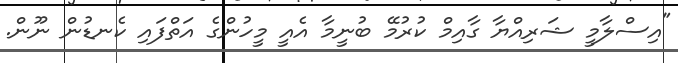
"އިސްލާމީ ޝަރިއްޔާ ގާއިމް ކުރުމޭ ބުނީމާ އެއީ މީހުންގެ އަތްފައި ކެނޑުން ނޫން.